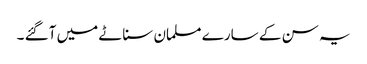
یہ سن کے سارے مسلمان سناٹے میں آگئے ۔